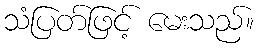
သံပြတ်ဖြင့် မေးသည်။